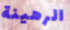
الرهينة